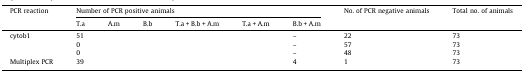
<table><thead><tr><td rowspan="2"><b>PCR reaction</b></td><td colspan="6"><b>Number of PCR positive animals</b></td><td rowspan="2"><b>No. of PCR negative animals</b></td><td rowspan="2"><b>Total no. of animals</b></td></tr><tr><td><b>T.a</b></td><td><b>A.m</b></td><td><b>B.b</b></td><td><b>T.a + B.b + A.m</b></td><td><b>T.a + A.m</b></td><td><b>B.b + A.m</b></td></tr></thead><tbody><tr><td>cytob1</td><td>51</td><td>[EMPTY_CELL]</td><td>[EMPTY_CELL]</td><td>[EMPTY_CELL]</td><td>[EMPTY_CELL]</td><td>–</td><td>22</td><td>73</td></tr><tr><td>[EMPTY_CELL]</td><td>0</td><td>[EMPTY_CELL]</td><td>[EMPTY_CELL]</td><td>[EMPTY_CELL]</td><td>[EMPTY_CELL]</td><td>–</td><td>57</td><td>73</td></tr><tr><td>[EMPTY_CELL]</td><td>0</td><td>[EMPTY_CELL]</td><td>[EMPTY_CELL]</td><td>[EMPTY_CELL]</td><td>[EMPTY_CELL]</td><td>–</td><td>48</td><td>73</td></tr><tr><td>Multiplex PCR</td><td>39</td><td>[EMPTY_CELL]</td><td>[EMPTY_CELL]</td><td>[EMPTY_CELL]</td><td>[EMPTY_CELL]</td><td>4</td><td>1</td><td>73</td></tr></tbody></table>